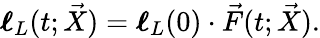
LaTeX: \boldsymbol{\mathbf{\ell}}_{L}(t;\vec{X})=\boldsymbol{\mathbf{\ell}}_{L}(0)\cdot\vec{F}(t;\vec{X}).